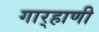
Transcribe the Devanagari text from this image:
गार्‍हाणी